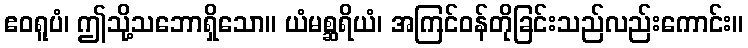
ဧဝရူပံ၊ ဤသို့သဘောရှိသော။ ယံမစ္ဆရိယံ၊ အကြင်ဝန်တိုခြင်းသည်လည်းကောင်း။